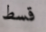
قسط